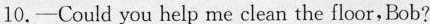
10.— Could you help me clean the floor,Bob?